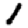
Digit: 1